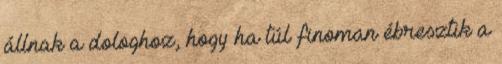
állnak a dologhoz, hogy ha túl finoman ébresztik a